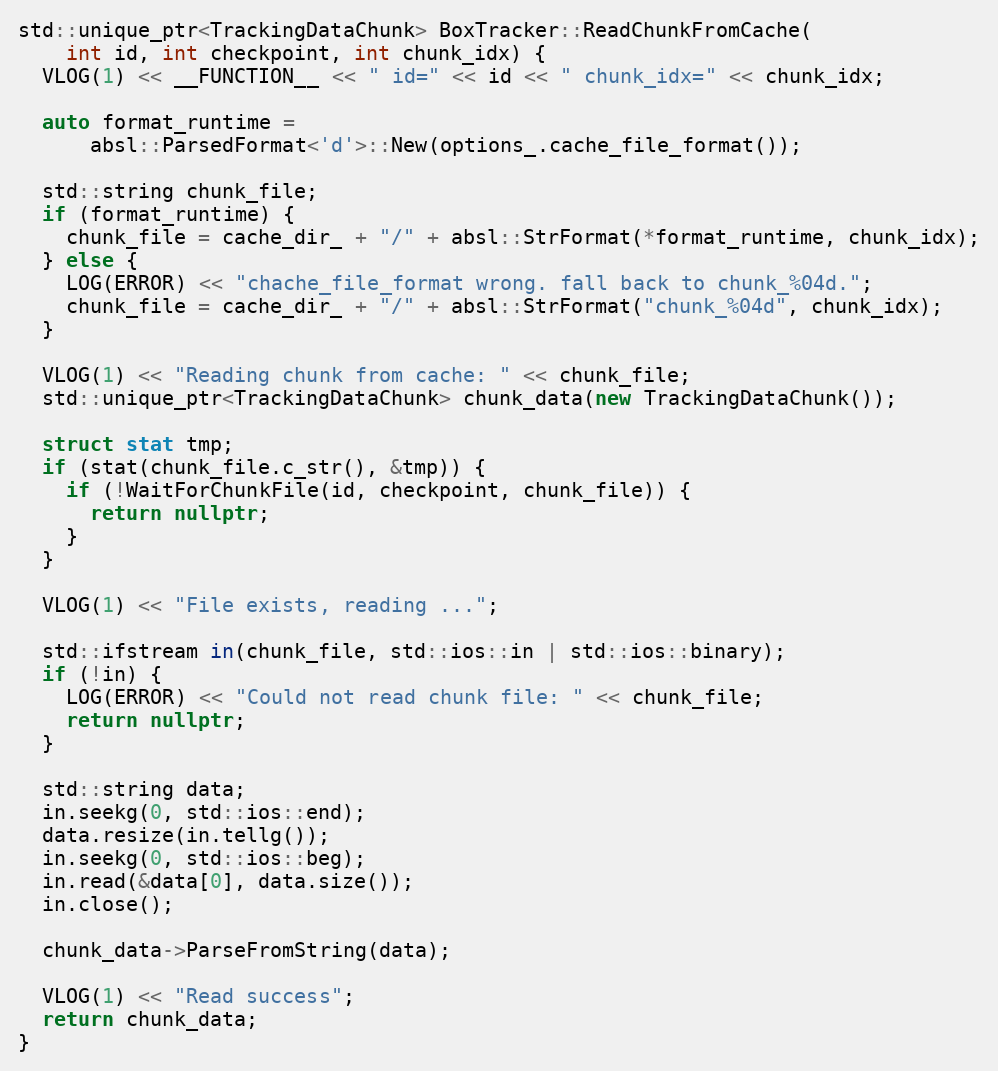
Language: C++
std::unique_ptr<TrackingDataChunk> BoxTracker::ReadChunkFromCache(
    int id, int checkpoint, int chunk_idx) {
  VLOG(1) << __FUNCTION__ << " id=" << id << " chunk_idx=" << chunk_idx;

  auto format_runtime =
      absl::ParsedFormat<'d'>::New(options_.cache_file_format());

  std::string chunk_file;
  if (format_runtime) {
    chunk_file = cache_dir_ + "/" + absl::StrFormat(*format_runtime, chunk_idx);
  } else {
    LOG(ERROR) << "chache_file_format wrong. fall back to chunk_%04d.";
    chunk_file = cache_dir_ + "/" + absl::StrFormat("chunk_%04d", chunk_idx);
  }

  VLOG(1) << "Reading chunk from cache: " << chunk_file;
  std::unique_ptr<TrackingDataChunk> chunk_data(new TrackingDataChunk());

  struct stat tmp;
  if (stat(chunk_file.c_str(), &tmp)) {
    if (!WaitForChunkFile(id, checkpoint, chunk_file)) {
      return nullptr;
    }
  }

  VLOG(1) << "File exists, reading ...";

  std::ifstream in(chunk_file, std::ios::in | std::ios::binary);
  if (!in) {
    LOG(ERROR) << "Could not read chunk file: " << chunk_file;
    return nullptr;
  }

  std::string data;
  in.seekg(0, std::ios::end);
  data.resize(in.tellg());
  in.seekg(0, std::ios::beg);
  in.read(&data[0], data.size());
  in.close();

  chunk_data->ParseFromString(data);

  VLOG(1) << "Read success";
  return chunk_data;
}